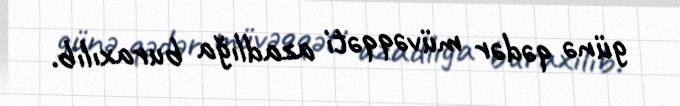
günə qədər müvəqqəti azadlığa buraxılıb.